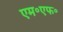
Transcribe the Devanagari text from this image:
एम॰एफ॰